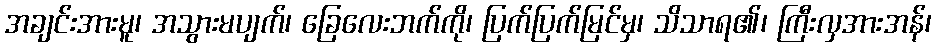
အချင်းအားမူ၊ အသွားမပျက်၊ ခြေလေးဘက်ကို၊ ပြက်ပြက်မြင်မှ၊ သိသာရ၏၊ ကြီးလှအားအန်၊